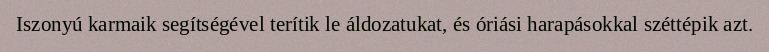
Iszonyú karmaik segítségével terítik le áldozatukat, és óriási harapásokkal széttépik azt.